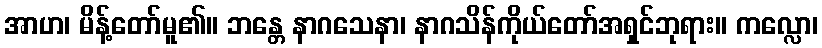
အာဟ၊ မိန့်တော်မူ၏။ ဘန္တေ နာဂသေနာ၊ နာဂသိန်ကိုယ်တော်အရှင်ဘုရား။ ကလ္လော၊